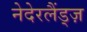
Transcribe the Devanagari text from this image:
नेदेरलैंड्ज़